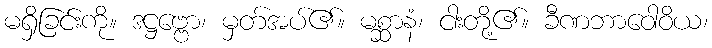
မရှိခြင်းကို။ ဒဋ္ဌဗ္ဗော၊ မှတ်အပ်၏။ မစ္ဆာနံ၊ ငါးတို့၏။ ခီဏဘာဝေါဝိယ၊